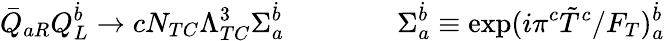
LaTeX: \bar{Q}_{aR}Q_{L}^{\dot{b}}\rightarrow cN_{TC}\Lambda_{TC}^{3}\Sigma_{a}^{\dot{b}}\qquad\qquad\Sigma_{a}^{\dot{b}}\equiv\exp(i\pi^{c}\tilde{T}^{c}/F_{T})_{a}^{\dot{b}}